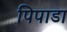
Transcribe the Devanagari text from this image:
पिपाडा